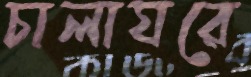
চালাঘরে